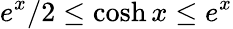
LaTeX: e^{x}/2\leq\cosh{x}\leq e^{x}